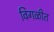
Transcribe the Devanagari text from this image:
विगळीत